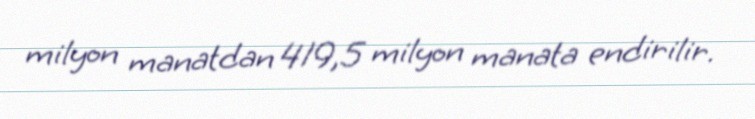
milyon manatdan 419,5 milyon manata endirilir.